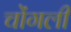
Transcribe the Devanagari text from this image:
चोंगली